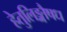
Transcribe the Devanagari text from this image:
हेतुलिङ्गौषध